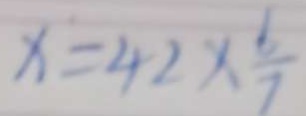
x = 4 2 \times \frac { 6 } { 7 }